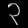
Digit: ၃